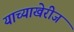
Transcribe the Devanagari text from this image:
याच्याखेरीज